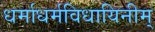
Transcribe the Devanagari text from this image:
धर्माधर्मविधायिनीम्